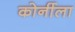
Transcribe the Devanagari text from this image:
कोर्नीला